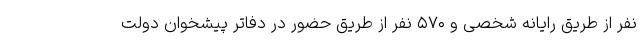
نفر از طریق رایانه شخصی و ۵۷۰ نفر از طریق حضور در دفاتر پیشخوان دولت